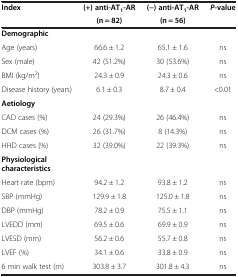
| <ROWSPAN=2> Index | (+) anti-AT1-AR | (−) anti-AT1-AR | <ROWSPAN=2> P-value |
 | (n = 82) | (n = 56) |
 | --- | --- | --- | --- |
 | Demographic |  |  |  |
 | Age (years) | 66.6 ± 1.2 | 65.1 ± 1.6 | ns |
 | Sex (male) | 42 (51.2%) | 30 (53.6%) | ns |
 | BMI (kg/m2) | 24.3 ± 0.9 | 24.3 ± 0.6 | ns |
 | Disease history (years) | 6.1 ± 0.3 | 8.7 ± 0.4 | <0.01 |
 | Aetiology |  |  |  |
 | CAD cases (%) | 24 (29.3%) | 26 (46.4%) | ns |
 | DCM cases (%) | 26 (31.7%) | 8 (14.3%) | ns |
 | HHD cases (%) | 32 (39.0%) | 22 (39.3%) | ns |
 | Physiological characteristics |  |  |  |
 | Heart rate (bpm) | 94.2 ± 1.2 | 93.8 ± 1.2 | ns |
 | SBP (mmHg) | 129.9 ± 1.8 | 125.0 ± 1.8 | ns |
 | DBP (mmHg) | 78.2 ± 0.9 | 75.5 ± 1.1 | ns |
 | LVEDD (mm) | 69.5 ± 0.6 | 69.9 ± 0.9 | ns |
 | LVESD (mm) | 56.2 ± 0.6 | 55.7 ± 0.8 | ns |
 | LVEF (%) | 34.1 ± 0.6 | 33.8 ± 0.9 | ns |
 | 6 min walk test (m) | 303.8 ± 3.7 | 301.8 ± 4.3 | ns |